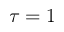
\tau = 1